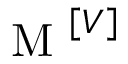
\mathrm { ~ M ~ } ^ { \left[ V \right] }